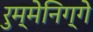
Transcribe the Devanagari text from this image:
रुम्मेनिग्गे